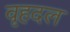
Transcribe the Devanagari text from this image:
वृहदल